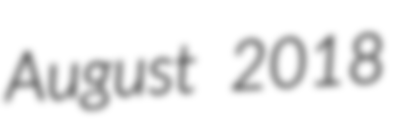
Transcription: August 2018